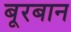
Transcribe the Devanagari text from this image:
बूरबान